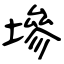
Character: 墋